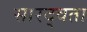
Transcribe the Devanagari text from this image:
सारद्वता